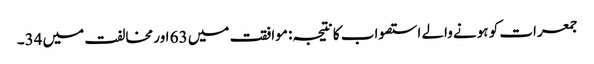
جمعرات کو ہونے والے استصواب کا نتیجہ: موافقت میں 63 اور مخالفت میں 34۔